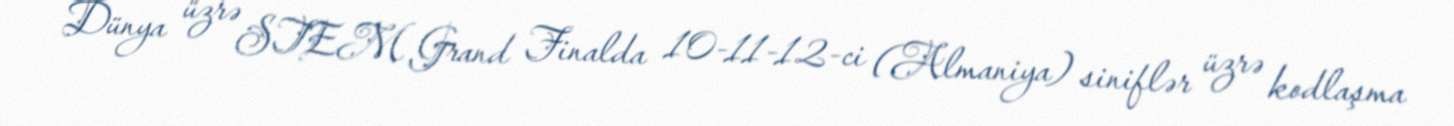
Dünya üzrə STEM Grand Finalda 10-11-12-ci (Almaniya) siniflər üzrə kodlaşma